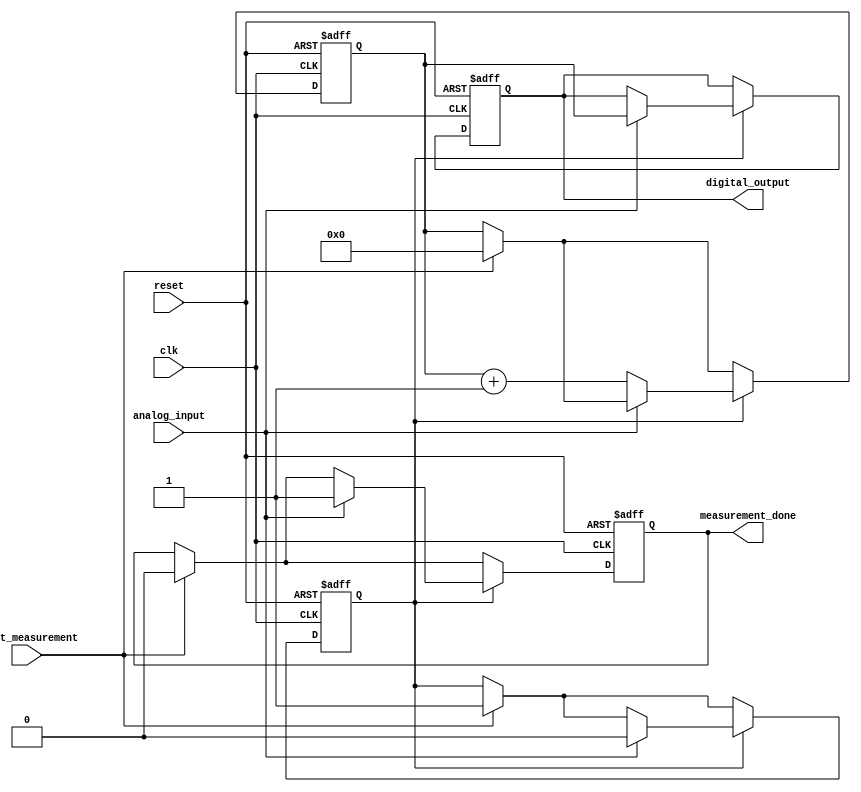
module TDC (
    input wire clk,                // Reference clock
    input wire reset,              // Reset signal
    input wire analog_input,       // Analog input signal (treated as digital for this example)
    input wire start_measurement,  // Signal to start measurement
    output reg [15:0] digital_output, // Digital output (counter value)
    output reg measurement_done     // Signal indicating measurement completion
);

    reg [15:0] counter;            // 16-bit counter
    reg measuring;                 // State to indicate if measuring is active
    reg [15:0] memory [0:255];     // Memory block to store counter values
    reg [7:0] mem_index;           // Index for memory storage

    // State machine for measurement control
    always @(posedge clk or posedge reset) begin
        if (reset) begin
            counter <= 16'b0;
            digital_output <= 16'b0;
            measurement_done <= 1'b0;
            measuring <= 1'b0;
            mem_index <= 8'b0;
        end else begin
            if (start_measurement) begin
                measuring <= 1'b1; // Start measuring
                counter <= 16'b0;  // Reset counter
                measurement_done <= 1'b0;
            end

            if (measuring) begin
                if (analog_input) begin // Detect rising edge of analog input
                    digital_output <= counter; // Capture counter value
                    memory[mem_index] <= counter; // Store in memory
                    mem_index <= mem_index + 1; // Increment memory index
                    measuring <= 1'b0; // Stop measuring
                    measurement_done <= 1'b1; // Indicate measurement is done
                end else begin
                    counter <= counter + 1; // Increment counter on each clock cycle
                end
            end
        end
    end

endmodule